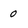
Character: 0